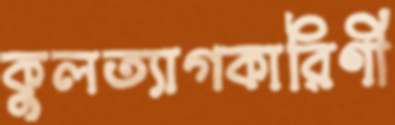
কুলত্যাগকারিণী